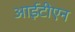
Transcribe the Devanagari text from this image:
आईटीएन